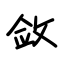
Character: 敛